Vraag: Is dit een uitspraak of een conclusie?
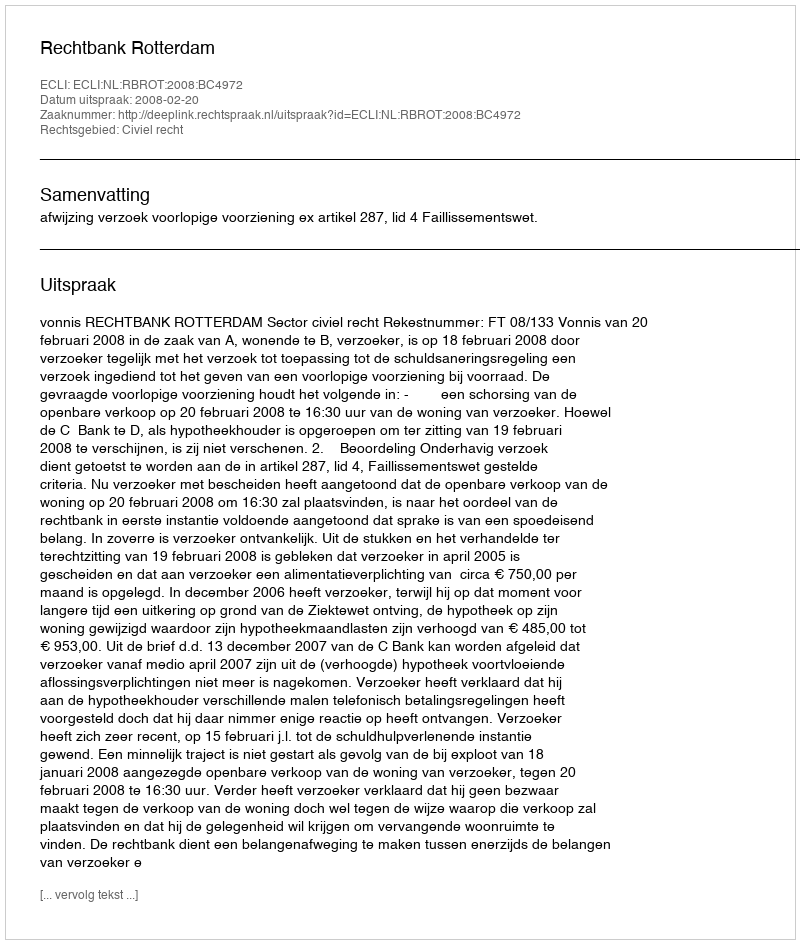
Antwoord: Uitspraak